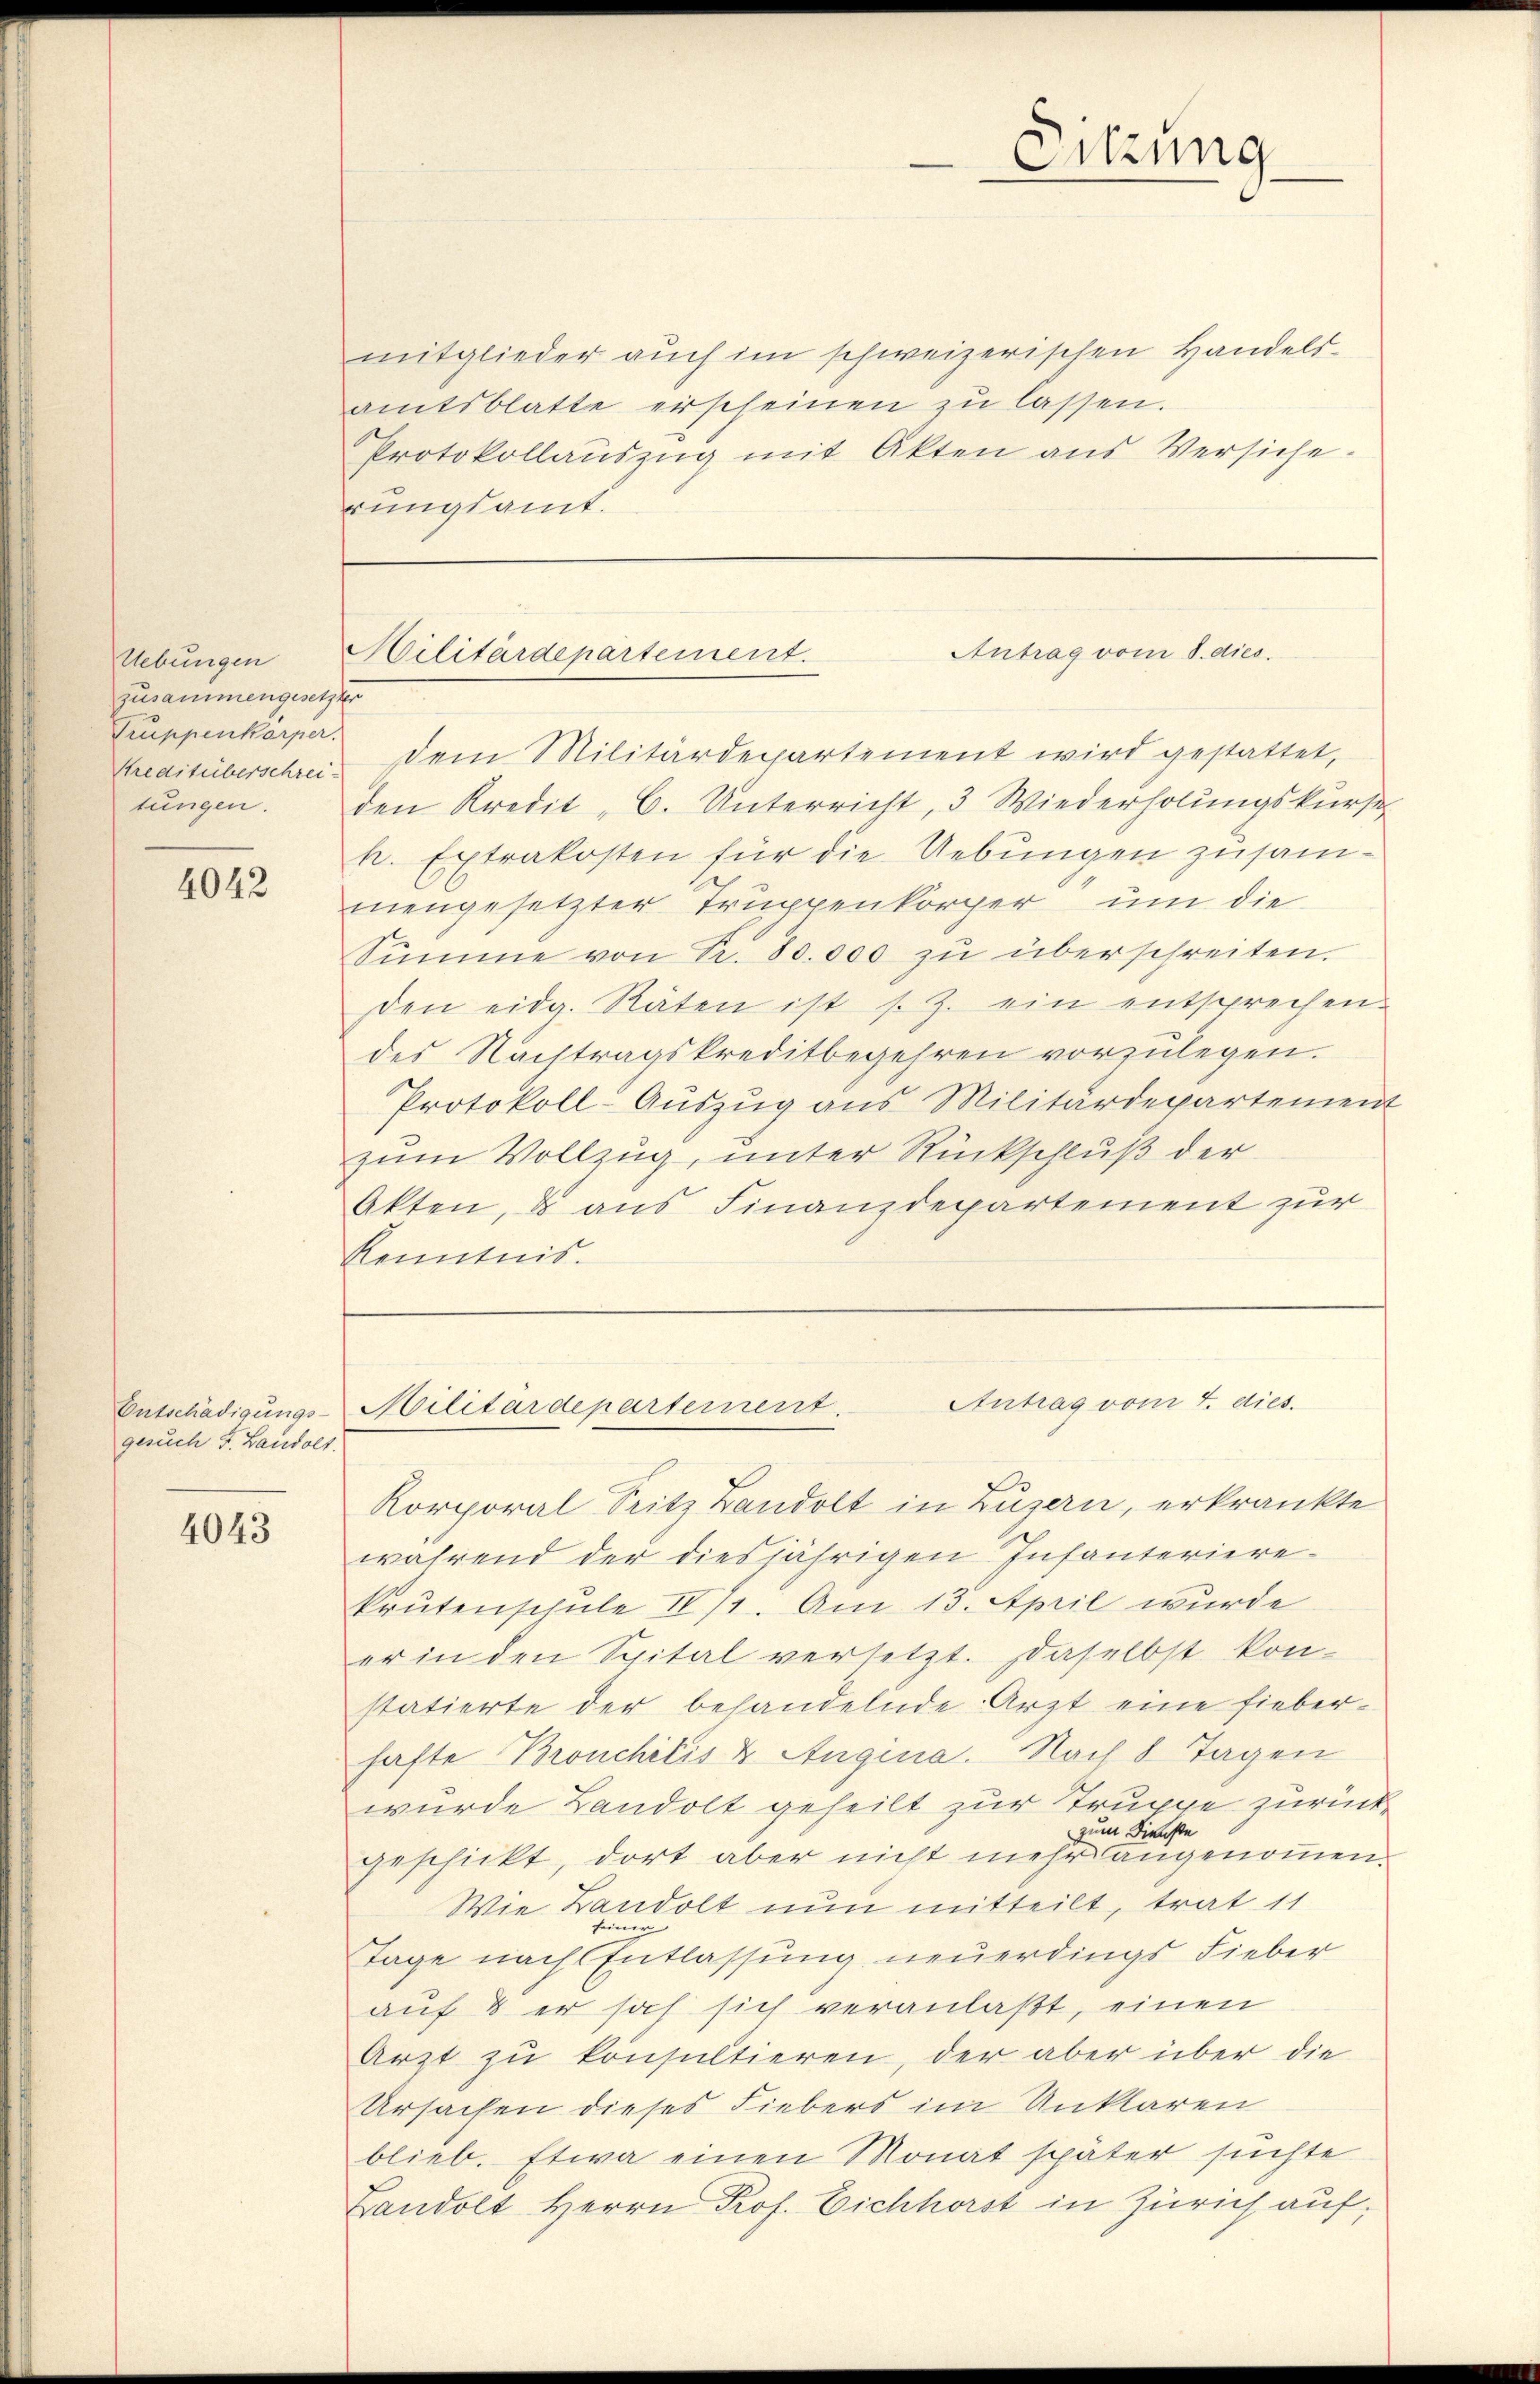
Uebungen
zusammengesetzter
Truppenkörper.
Kreditüberschrei¬

4042

Entschädigungs-
gesuch J. Landolt.

4043

mitglieder auch im schweizerischen Handels-
amtsblatte erscheinen zu lassen.
Protokollaŭszŭg mit Akten aus Versiche.
rungsamt.

Militärdepartement.

Sitzung

Antrag vom 8. dies

dem Militärdepartement wird gestattet,
tŭngen. Den Kredit "C. Unterricht, 3 Wiederholungskurse
k. Extrakosten für die Uebungen zusammengesetzter Truppenkörper um die
Sŭmme von Fr. 80.000 zŭ überschreiten.
den eidg. Räten ist s. Z. ein entsprechen.
des Nachtragskreditbegehren vorzulegen.
Protokoll-Auszug aus Militärdepartement
zum Vollzug, unter Rückschluß der
Akten, & aus Finanzdepartement zur
Kenntnis.

Antrag vom 4. dies
Militärdepartement.

Korporal Sitz Bandolt in Luzern, erkränkte
während der diesjährigen Infanteriere
Prutenschule IV/1. Am 13. April wurde
er in den Spital versetzt. Daselbst kon-
statierte der behandelnde Arzt eine fieberhafte Bronchitis & Augina. Nach 8 Tagen
würde Landolt geheilt zur Truppe zurückzum Dienste
geschickt, dort aber nicht mehr angenommen.
Wie Bandolt nun mitteilt, trat 11
seiner
Tage nach Entlassung neuerdings Fieber
auf 8 er hat sich veranlaßt, einen
Arzt zu konsultieren, der aber über die
Ursachen dieses Fiebers im Unklaren
blieb. Etwa einen Monat später suchte
Bandolt Herrn Prof. Eichhörst in Zürich auf¬